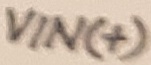
Text: VIN(+)